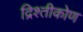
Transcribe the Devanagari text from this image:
द्रिश्तीकोण